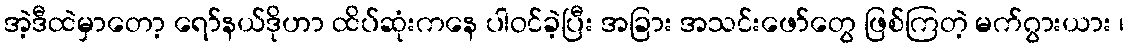
အဲ့ဒီထဲမှာတော့ ရော်နယ်ဒိုဟာ ထိပ်ဆုံးကနေ ပါဝင်ခဲ့ပြီး အခြား အသင်းဖော်တွေ ဖြစ်ကြတဲ့ မက်ဂွားယား ၊